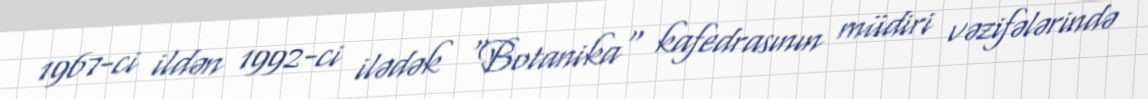
1967-ci ildən 1992-ci ilədək "Botanika" kafedrasının müdiri vəzifələrində